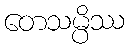
တေသမ္ပိဿ